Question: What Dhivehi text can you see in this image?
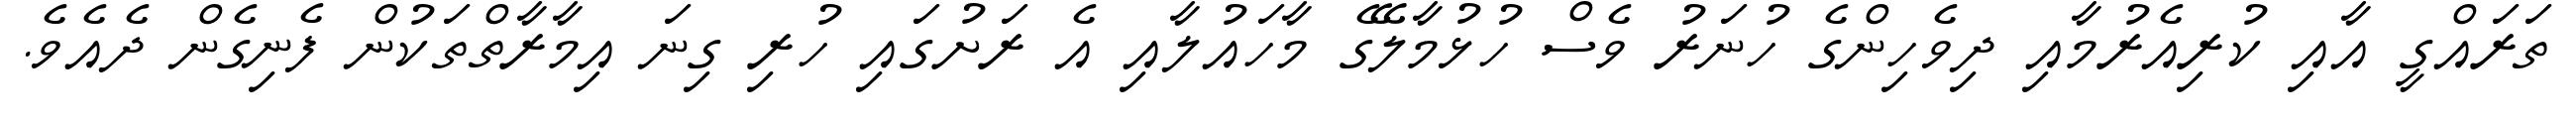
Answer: ތަރައްގީ އާއި ކުރިއެރުމާއި ދިވެހިންގެ ހުނަރު ވެސް ހުޅުމާލޭގެ މާހައުލާއި އެ ރަށުގައި ހުރި ގިނަ އިމާރާތްތަކުން ފެނިގެން ދެއެވެ.